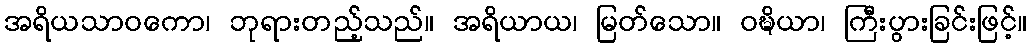
အရိယသာဝကော၊ ဘုရားတည့်သည်။ အရိယာယ၊ မြတ်သော။ ဝဍ္ဎိယာ၊ ကြီးပွားခြင်းဖြင့်။